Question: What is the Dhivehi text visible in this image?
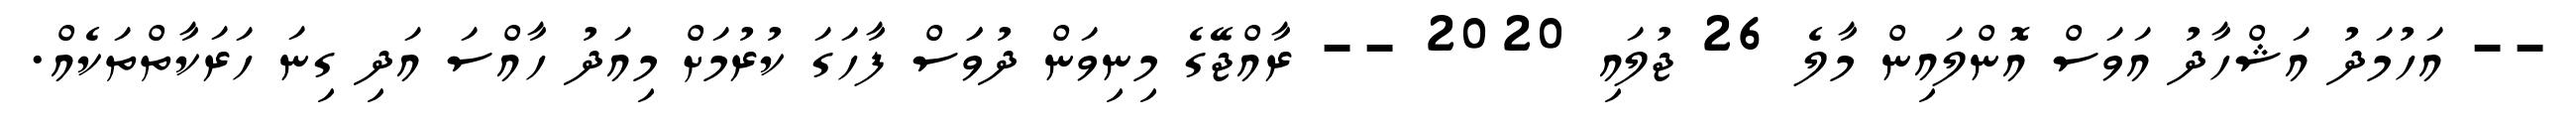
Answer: -- އަހުމަދު އަޝްހާދު އަވަސް އޮންލައިން މާލެ 26 ޖުލައި 2020 -- ރާއްޖޭގެ މިނިވަން ދުވަަސް ފާހަގަ ކުރުމަށް މިއަދު ހާއްސަ އަދި ގިނަ ހަރަކާތްތަކެއް.